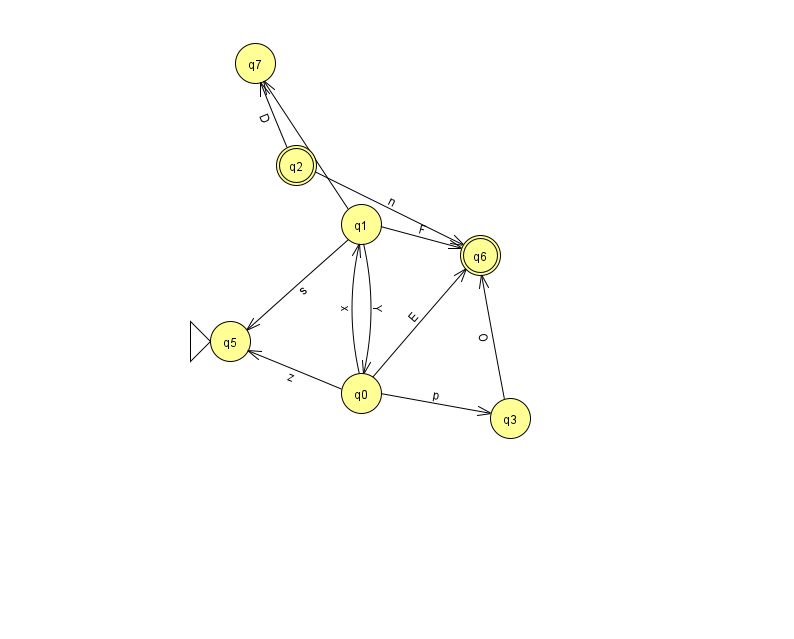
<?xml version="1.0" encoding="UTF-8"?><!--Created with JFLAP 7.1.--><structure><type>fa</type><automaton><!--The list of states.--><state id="0" name="q0"><x>361.0</x><y>380.0</y></state><state id="1" name="q1"><x>361.0</x><y>211.0</y></state><state id="2" name="q2"><x>296.0</x><y>152.0</y><final/></state><state id="3" name="q3"><x>510.0</x><y>405.0</y></state><state id="5" name="q5"><x>230.0</x><y>328.0</y><initial/></state><state id="6" name="q6"><x>480.0</x><y>242.0</y><final/></state><state id="7" name="q7"><x>255.0</x><y>50.0</y></state><!--The list of transitions.--><transition><from>1</from><to>5</to><read>s</read></transition><transition><from>1</from><to>7</to><read>J</read></transition><transition><from>0</from><to>5</to><read>z</read></transition><transition><from>2</from><to>7</to><read>D</read></transition><transition><from>0</from><to>1</to><read>x</read></transition><transition><from>2</from><to>6</to><read>n</read></transition><transition><from>3</from><to>6</to><read>O</read></transition><transition><from>1</from><to>0</to><read>Y</read></transition><transition><from>0</from><to>3</to><read>p</read></transition><transition><from>0</from><to>6</to><read>E</read></transition><transition><from>1</from><to>6</to><read>F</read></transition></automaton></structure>